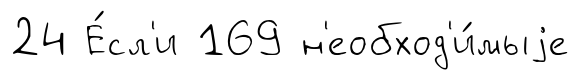
24 Е́сл'и 169 н'еобход'и́мыjе